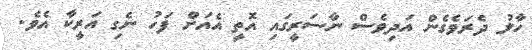
ހާލު ދެރަވެގެން އަދިވެސް ނާސަރީގައި އޮތީ އެއަށް ފަހު ނެގި އަރީކާ އެވެ.